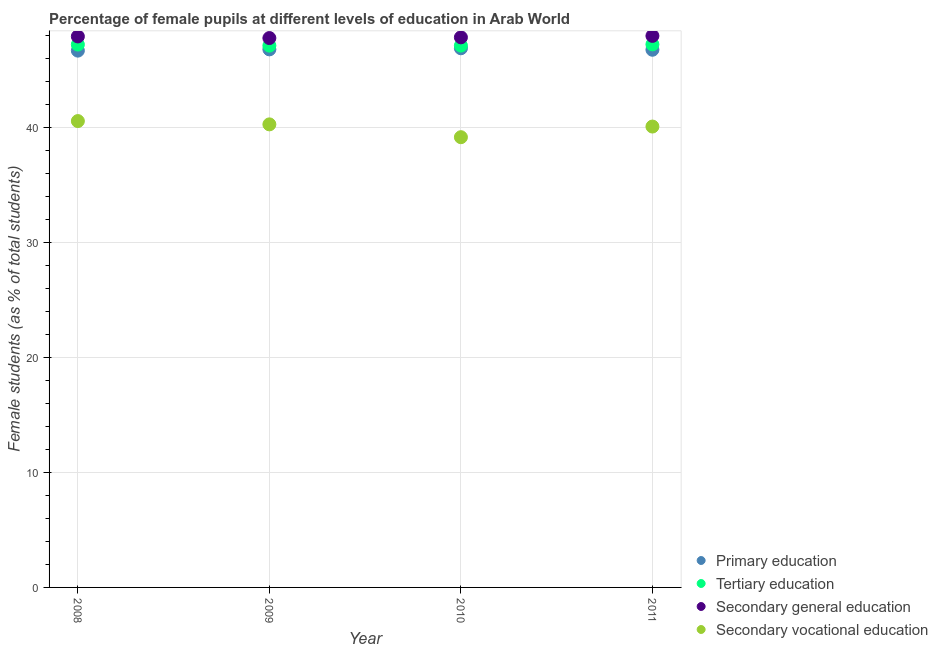
| Year | Primary education | Tertiary education | Secondary general education | Secondary vocational education |
 | --- | --- | --- | --- | --- |
 | 2008 | 46.7 | 47.2 | 47.9 | 40.6 |
 | 2009 | 46.8 | 47.1 | 47.8 | 40.3 |
 | 2010 | 46.9 | 47.1 | 47.9 | 39.2 |
 | 2011 | 46.8 | 47.3 | 48 | 40.1 |